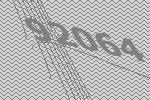
92064